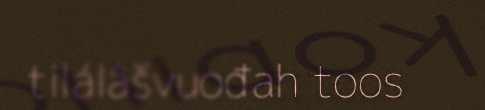
tilálâšvuođah toos